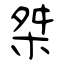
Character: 桀